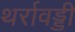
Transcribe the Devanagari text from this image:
थर्रावड्डी